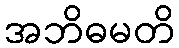
အဘိဓမတိ